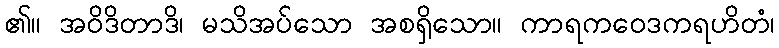
၏။ အဝိဒိတာဒိ၊ မသိအပ်သော အစရှိသော။ ကာရကဝေဒကရဟိတံ၊